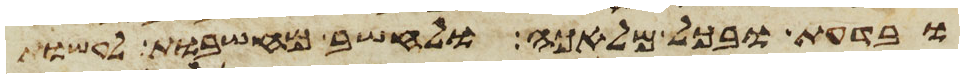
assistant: ובדעת ובכל מלאכה ולחשב מחשבות לעשות